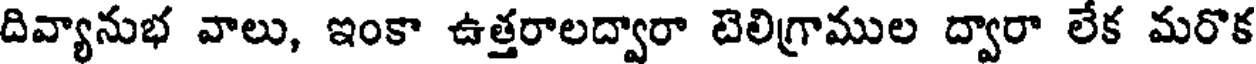
దివ్యానుభ వాలు, ఇంకా ఉత్తరాలద్వారా టెలిగ్రాముల ద్వారా లేక మరొక